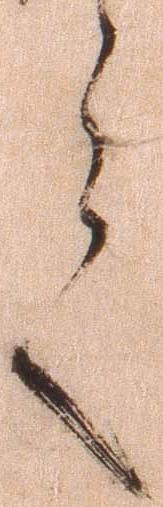
言